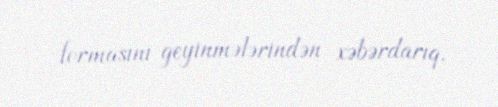
formasını geyinmələrindən xəbərdarıq.